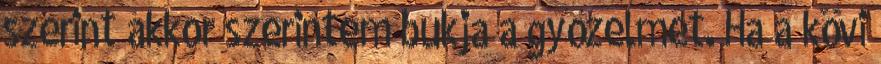
szerint akkor szerintem bukja a győzelmet. Ha a kövi